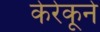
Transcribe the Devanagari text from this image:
केरेकूने